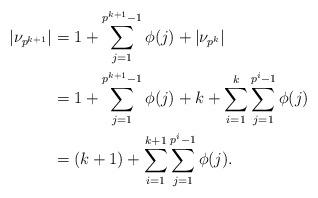
LaTeX: \begin{align*} |\nu_{p^{k+1}}| &= 1+\sum\limits_{j=1}^{p^{k+1}-1}\phi(j) + |\nu_{p^k}|\\ &= 1+\sum\limits_{j=1}^{p^{k+1}-1}\phi(j) + k+\sum\limits_{i=1}^k\sum\limits_{j=1}^{p^i-1}\phi(j)\\ &= (k+1) + \sum\limits_{i=1}^{k+1}\sum\limits_{j=1}^{p^i-1}\phi(j). \end{align*}